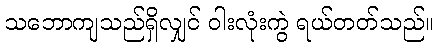
သဘောကျသည်ရှိလျှင် ဝါးလုံးကွဲ ရယ်တတ်သည်။